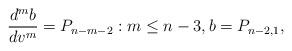
LaTeX: \begin{align*} \frac{d^mb}{dv^m}=P_{n-m-2}:m\leq n-3,b=P_{n-2,1},\end{align*}